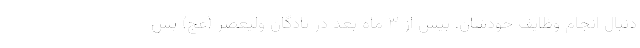
دنبال انجام وظایف خودشان. بیش از ۳ ماه بعد در پادگان ولیعصر (عج) پس